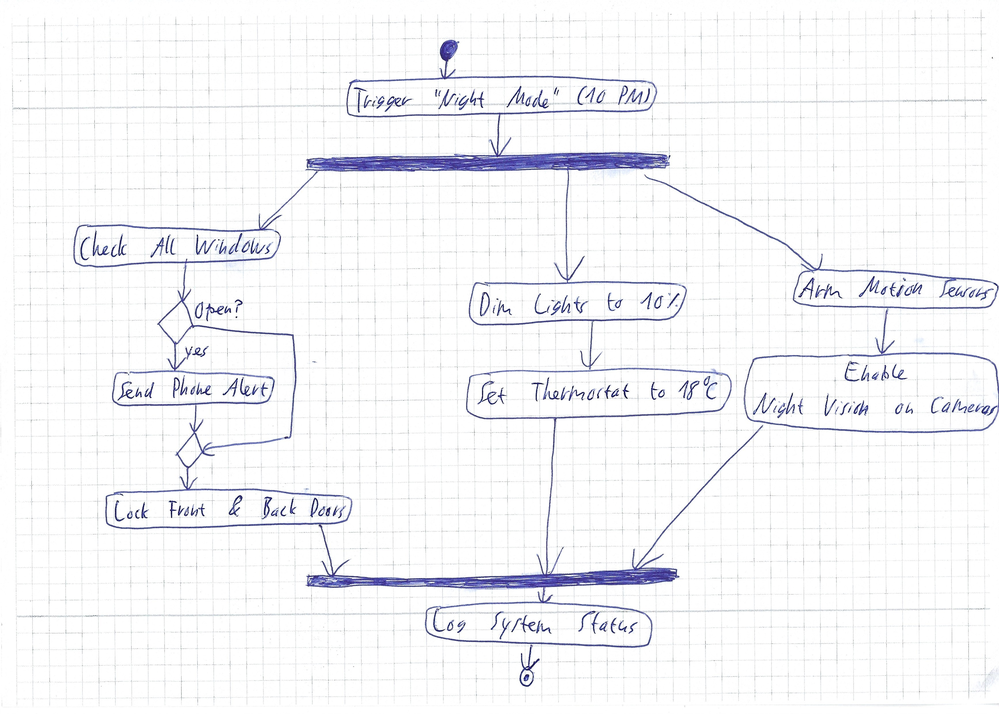
Diagram type: activity_diagram
```plantuml
@startuml

start
:Trigger "Night Mode" (10 PM);
fork
  :Check All Windows;
  if (Open?) then (yes)
    :Send Phone Alert;
  endif
  :Lock Front & Back Doors;
fork again
  :Dim Lights to 10%;
  :Set Thermostat to 18°C;
fork again
  :Arm Motion Sensors;
  :Enable Night Vision on Cameras;
end fork
:Log System Status;
stop

@enduml
```